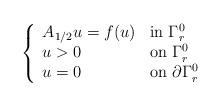
LaTeX: \begin{align*}\left\{\begin{array}{ll}A_{1/2}u= f(u) & \mbox{\rm in } \Gamma^0_r\\u> 0 & \mbox{\rm on } \Gamma^0_r\\u=0 & \mbox{\rm on } \partial\Gamma^0_r\end{array}\right.\end{align*}